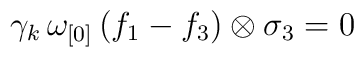
\gamma_{k} \, \omega_{[0]} \, ( f_{1} - f_{3} ) \otimes \sigma_{3} = 0